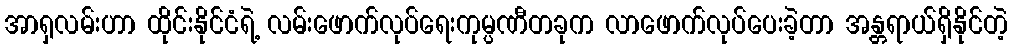
အာရှလမ်းဟာ ထိုင်းနိုင်ငံရဲ့ လမ်းဖောက်လုပ်ရေးကုမ္ပဏီတခုက လာဖောက်လုပ်ပေးခဲ့တာ အန္တရာယ်ရှိနိုင်တဲ့